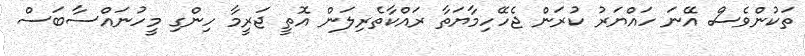
ތަކުންވެސް އޭނަ ހައްޔަރު ކުރަން ޖެހޭހިމާޔަތާ ރައްކާތެރިލަން އޮތީ ޖަރީމާ ހިންގި މީހުނައްސާބަސް